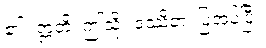
၏။ ဣတိ၊ ဤသို့။ ဒဿိတံ၊ ပြအပ်ပြီ။